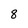
Character: 8